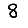
Digit: 8